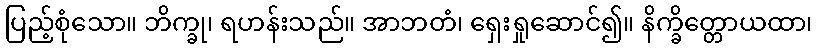
ပြည့်စုံသော။ ဘိက္ခု၊ ရဟန်းသည်။ အာဘတံ၊ ရှေးရှုဆောင်၍။ နိက္ခိတ္တောယထာ၊